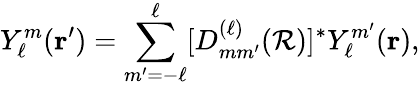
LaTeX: Y_{\ell}^{m}({\mathbf{r}}^{\prime})=\sum_{m^{\prime}=-\ell}^{\ell}[D_{mm^{\prime}}^{(\ell)}({\mathcal{R}})]^{*}Y_{\ell}^{m^{\prime}}({\mathbf{r}}),